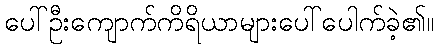
ပေါ်ဦးကျောက်ကိရိယာများပေါ်ပေါက်ခဲ့၏။